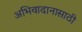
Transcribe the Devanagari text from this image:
अभिवादानासाठी